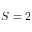
S = 2